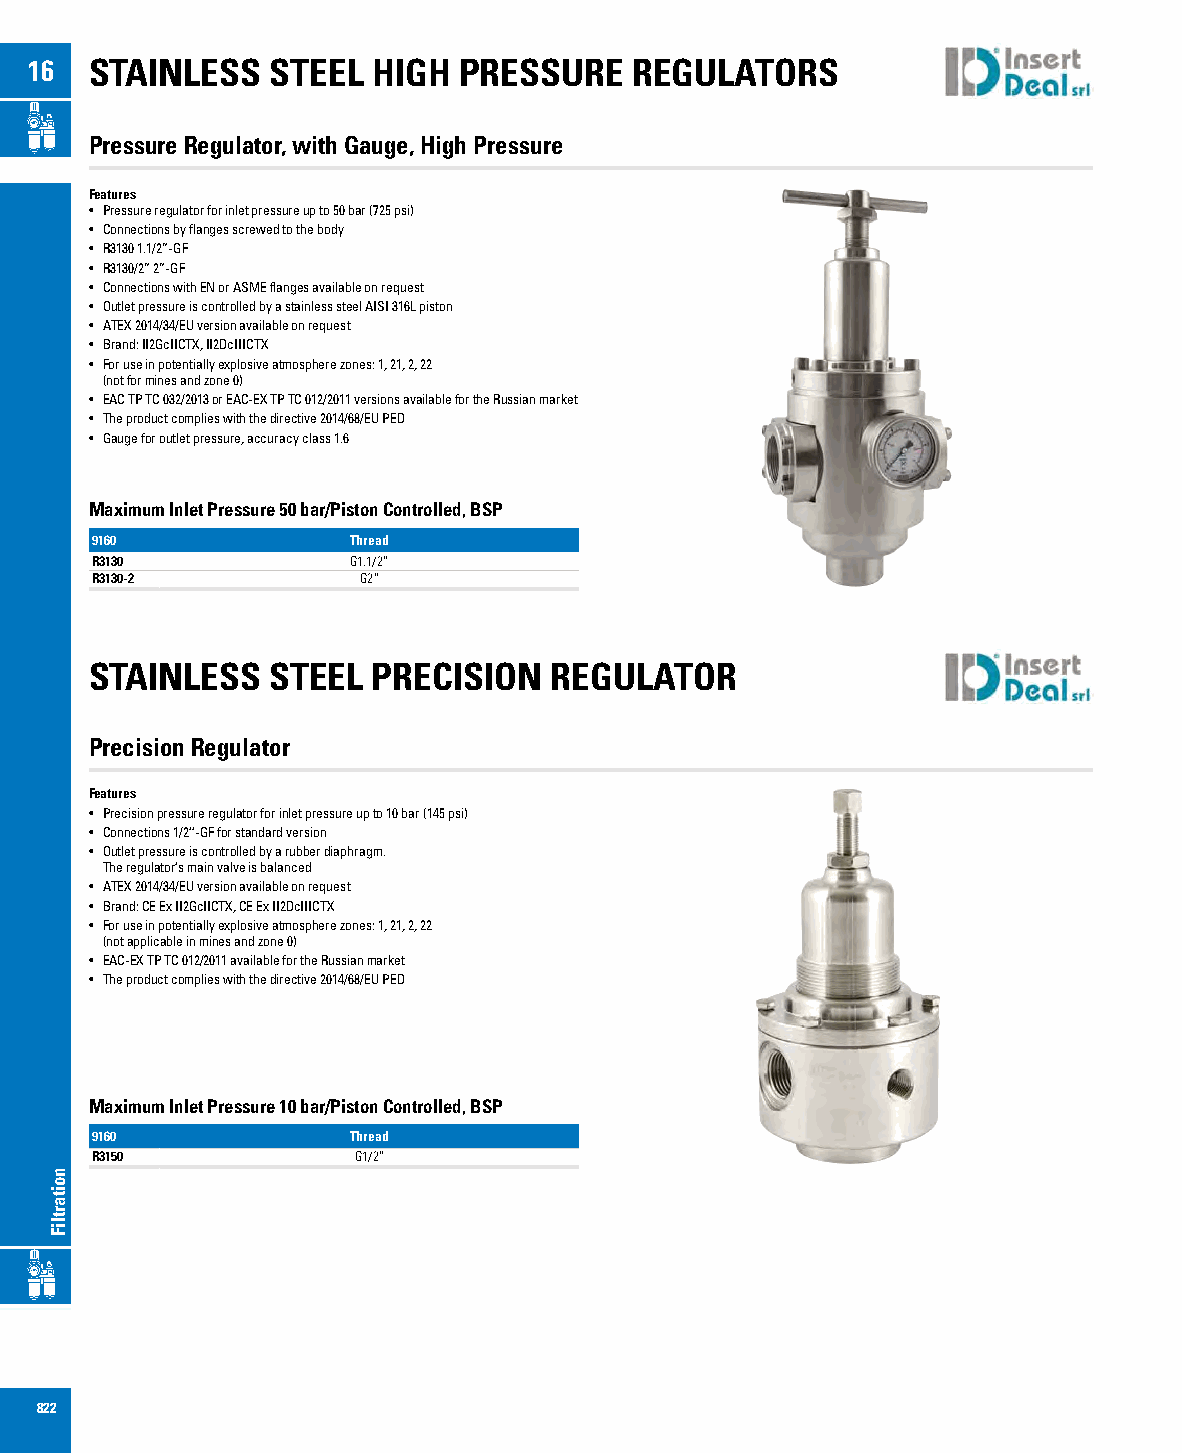
16  STAINLESS   STEEL  HIGH PRESSURE    REGULATORS
 Pressure Regulator, with Gauge, High Pressure
 Features
 • Pressure regulator for inlet pressure up to 50 bar (725 psi)
 • Connections by flanges screwed to the body
 • R3130 1.1/2”-GF
 • R3130/2” 2”-GF
 • Connections with EN or ASME flanges available on request
 • Outlet pressure is controlled by a stainless steel AISI 316L piston
 • ATEX 2014/34/EU version available on request
 • Brand: II2GcIICTX, II2DcIIICTX
 • For use in potentially explosive atmosphere zones: 1, 21, 2, 22
 (not for mines and zone 0)
 • EAC TP TC 032/2013 or EAC-EX TP TC 012/2011 versions available for the Russian market
 • The product complies with the directive 2014/68/EU PED
 • Gauge for outlet pressure, accuracy class 1.6
 Maximum Inlet Pressure 50 bar/Piston Controlled, BSP
 9160             Thread
 R3130            G1.1/2”
 R3130-2           G2”
 STAINLESS   STEEL  PRECISION  REGULATOR
 Precision Regulator
 Features
 • Precision pressure regulator for inlet pressure up to 10 bar (145 psi)
 • Connections 1/2’’-GF for standard version
 • Outlet pressure is controlled by a rubber diaphragm.
 The regulator’s main valve is balanced
 • ATEX 2014/34/EU version available on request
 • Brand: CE Ex II2GcIICTX, CE Ex II2DcIIICTX
 • For use in potentially explosive atmosphere zones: 1, 21, 2, 22
 (not applicable in mines and zone 0)
 • EAC-EX TP TC 012/2011 available for the Russian market
 • The product complies with the directive 2014/68/EU PED
 Maximum Inlet Pressure 10 bar/Piston Controlled, BSP
 9160             Thread
 R3150            G1/2”
 822
 noitartliF